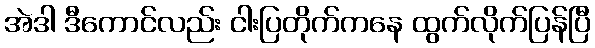
အဲဒါ ဒီကောင်လည်း ငါးပြတိုက်ကနေ ထွက်လိုက်ပြန်ပြီ